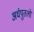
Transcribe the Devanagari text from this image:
अर्धपुतलों